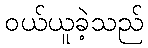
ဝယ်ယူခဲ့သည်